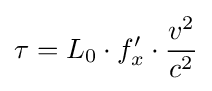
\tau =L_{0}\cdot f'_{x}\cdot {\frac {v^{2}}{c^{2}}}